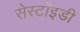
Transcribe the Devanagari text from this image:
सेस्टॉइडी